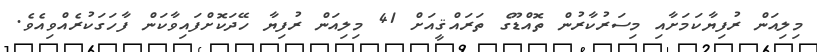
މިލިއަން ރުފިޔާކަމަށާއި މިސަރުކާރުން ތޮއްޑޫގެ ތަރައްޤީއަށް 41 މިލިއަން ރުފިޔާ ހޭދަކޮށްފައިވާކަން ފާހަގަކުރެއްވިއެވެ.